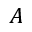
A